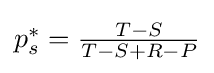
{\textstyle p_{s}^{*}={\frac {T-S}{T-S+R-P}}}